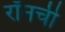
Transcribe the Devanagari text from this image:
रॉनची